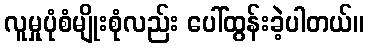
လူမှုပုံစံမျိုးစုံလည်း ပေါ်ထွန်းခဲ့ပါတယ်။